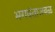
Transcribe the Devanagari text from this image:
भगवंताजवळ